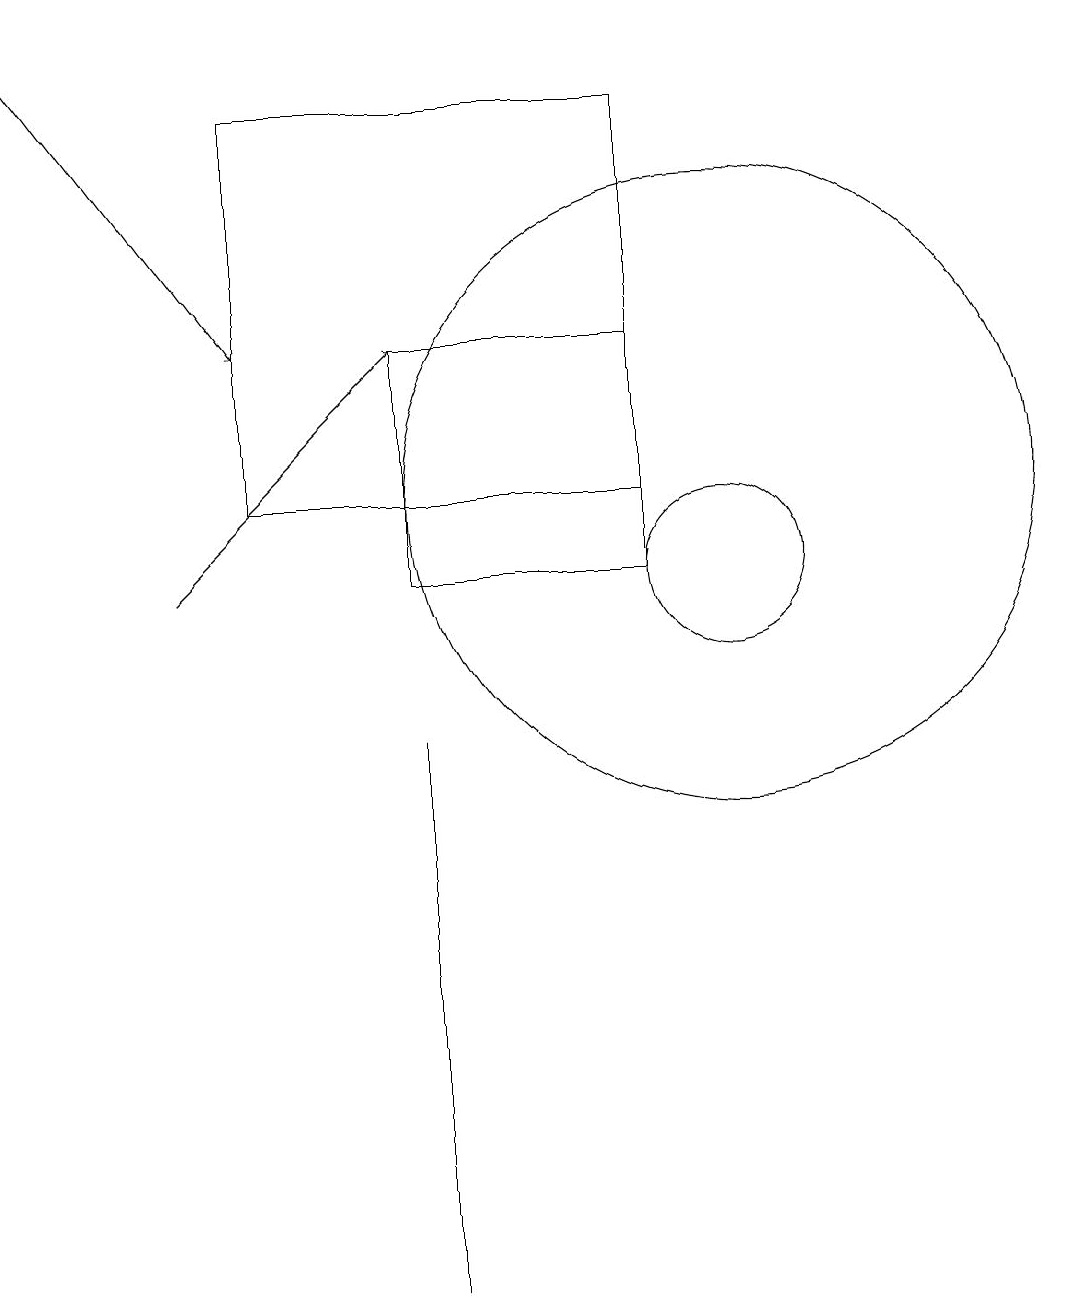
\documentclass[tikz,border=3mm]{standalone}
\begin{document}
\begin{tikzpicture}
\draw (10,10) circle (1);
\draw (6,1) -- (6,7) -- (6,8) -- cycle;
\draw (9,11) rectangle (4,16);
\draw (6,10) rectangle (9,13);
\draw[->] (3,10) -- (6,13);
\draw (10,11) circle (4);
\draw[->] (1,17) -- (4,13);
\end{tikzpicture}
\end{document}